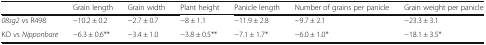
|  | Grain length | Grain width | Plant height | Panicle length | Number of grains per panicle | Grain weight per panicle |
 | --- | --- | --- | --- | --- | --- | --- |
 | 08sg2 vs R498 | −10.2 ± 0.2 | −2.7 ± 0.7 | −8 ± 1.1 | −11.9 ± 2.8 | −9.7 ± 2.1 | −23.3 ± 3.1 |
 | KO vs Nipponbare | −6.3 ± 0.6** | −3.4 ± 1.0 | −3.8 ± 0.5** | −7.1 ± 1.7* | −6.0 ± 1.0* | −18.1 ± 3.5* |